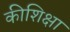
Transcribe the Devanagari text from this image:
कीशिक्षा